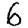
Digit: 6